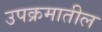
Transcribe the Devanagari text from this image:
उपक्रमातील